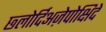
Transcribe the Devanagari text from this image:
छ्लोर्दिअज़ेपोक्षिदे